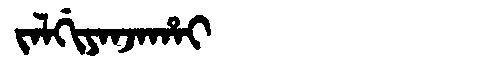
Manchu: ᠵᠠᠯᡤᡳᠶᠠᠨᠵᠠᡥᠠᡳ
Romanization: JALGIYANJAHAI